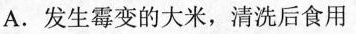
A.发生霉变的大米，清洗后食用